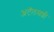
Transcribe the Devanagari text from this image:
अटॅलसशी